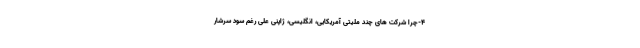
4-چرا شرکت های چند ملیتی آمریکایی، انگلیسی، ژاپنی علی رغم سود سرشار